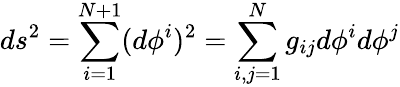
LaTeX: ds^{2}=\sum_{i=1}^{N+1}(d\phi^{i})^{2}=\sum_{i,j=1}^{N}g_{ij}d\phi^{i}d\phi^{j}